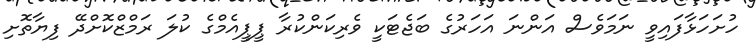
ހުށަހަޅާފައިވީ ނަމަވެސް އަންނަ އަހަރުގެ ބަޖެޓަކީ ވެރިކަންކުރާ ޕީޕީއެމްގެ ކުލަ ރަމްޒްކޮށްދޭ ފިޔާތޮށި